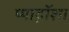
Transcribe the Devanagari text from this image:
प्पाद़ॉशा